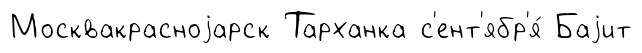
Москвакрасноjарск Тарханка с'ент'ябр'я́ Баjит